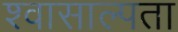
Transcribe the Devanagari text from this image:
श्वासाल्पता